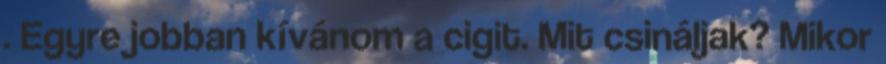
. Egyre jobban kívánom a cigit. Mit csináljak? Mikor